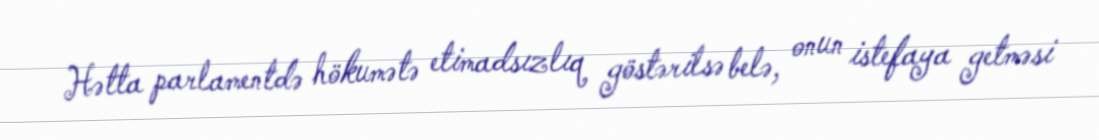
Hətta parlamentdə hökumətə etimadsızlıq göstərilsə belə, onun istefaya getməsi